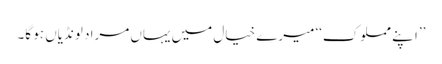
’’ا پنے مملوک‘‘ میرے خیال میں یہاں مراد لونڈیاں ہو گا۔